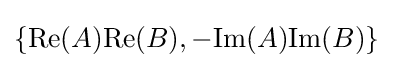
\{{\text{Re}}(A){\text{Re}}(B),-{\text{Im}}(A){\text{Im}}(B)\}